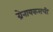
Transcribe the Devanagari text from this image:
ग्रेनायकसची